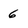
Character: 6